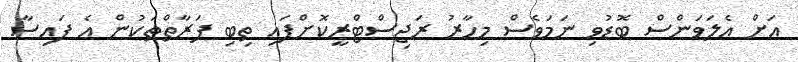
އަށް އެލަވަންސް ބޮޑުވި ނަމަވެސް މިހާރު ރަޖިސްޓްރީކޮށްފައި ތިބި ފަރާތްތަކުން އެ ފައިސާ